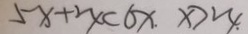
5 x + 2 x < 6 x . x > 2 4 .